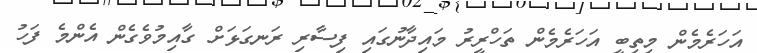
އަހަރެމެން މިތިބީ އަހަރެމެން ތަހްރީރު މައިދާނުގައި ފިސާރި ރަނގަޅަށް ގާއިމުވެގެން އެންމެ ފަހު